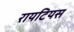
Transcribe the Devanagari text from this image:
रायटियस